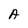
Character: A